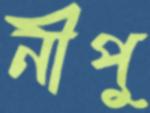
নীপু